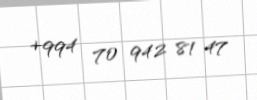
+994 70 942 81 47